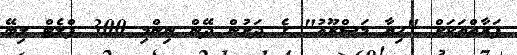
ފަރާތްތަކަށް "ހިޔާ މަޝްރޫއު" ގެ ދަށުން ދޭން ނިންމި 300 ފްލެޓް ލިބޭ